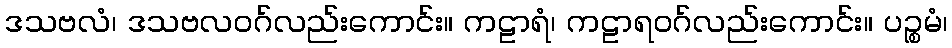
ဒသဗလံ၊ ဒသဗလဝဂ်လည်းကောင်း။ ကဠာရံ၊ ကဠာရဝဂ်လည်းကောင်း။ ပဉ္စမံ၊